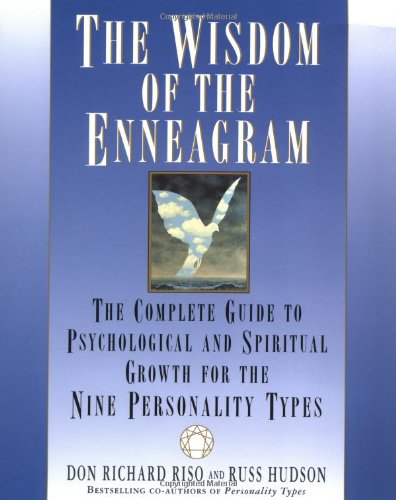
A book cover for The Wisdom of the Enneagram: The Complete Guide to Psychological and Spiritual Growth for the Nine  Personality Types; Don Richard Riso; Health, Fitness & Dieting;